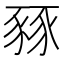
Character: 豩